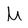
Character: M